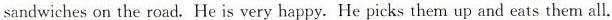
sandwiches on the road. He is very happy. He picks them up and eats them all.